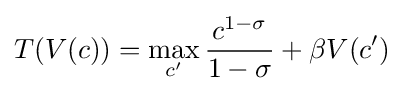
T(V(c))=\max _{c'}{\frac {c^{1-\sigma }}{1-\sigma }}+\beta V(c')